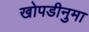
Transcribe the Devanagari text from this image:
खोपडीनुमा